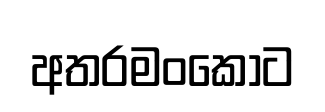
අතරමංකොට